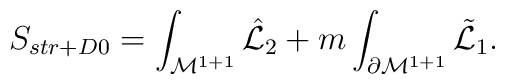
S_{str+D0}=  \int_{{\cal M}^{1+1}} {\hat{\cal L}}_2 + m \int_{\partial{\cal M}^{1+1}} {\tilde{\cal L}}_1.